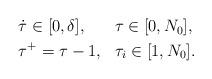
LaTeX: \begin{align*}\begin{aligned} &\dot\tau \in [0, \delta], &&\tau \in [0, N_0], \\ &\tau^+ = \tau - 1, &&\tau_i \in [1, N_0].\end{aligned}\end{align*}